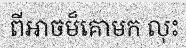
ពីអាចម៏គោមក លុះ